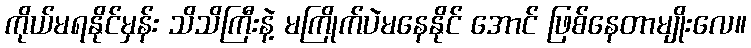
ကိုယ်မရနိုင်မှန်း သိသိကြီးနဲ့ မကြိုက်ပဲမနေနိုင် အောင် ဖြစ်နေတာမျိုးလေ။